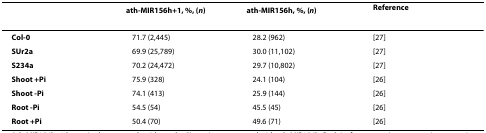
<table><thead><tr><td></td><td><b>ath-MIR156h+1, %, (<i>n</i>)</b></td><td><b>ath-MIR156h, %, (<i>n</i>)</b></td><td><b>Reference</b></td></tr></thead><tbody><tr><td><b>Col-0</b></td><td>71.7 (2,445)</td><td>28.2 (962)</td><td>[27]</td></tr><tr><td><b>SUr2a</b></td><td>69.9 (25,789)</td><td>30.0 (11,102)</td><td>[27]</td></tr><tr><td><b>S234a</b></td><td>70.2 (24,472)</td><td>29.7 (10,802)</td><td>[27]</td></tr><tr><td><b>Shoot +Pi</b></td><td>75.9 (328)</td><td>24.1 (104)</td><td>[26]</td></tr><tr><td><b>Shoot -Pi</b></td><td>74.1 (413)</td><td>25.9 (144)</td><td>[26]</td></tr><tr><td><b>Root -Pi</b></td><td>54.5 (54)</td><td>45.5 (45)</td><td>[26]</td></tr><tr><td><b>Root +Pi</b></td><td>50.4 (70)</td><td>49.6 (71)</td><td>[26]</td></tr></tbody></table>